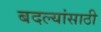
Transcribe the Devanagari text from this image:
बदल्यांसाठी